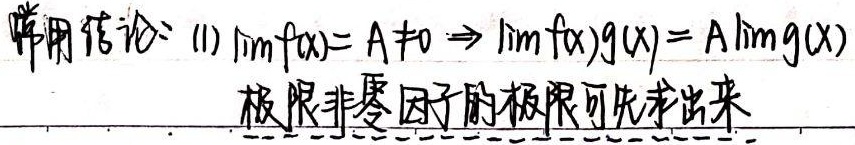
常用结论：(1) $\lim f(x)=A\neq0\Rightarrow\lim f(x)g(x)=A\lim g(x)$，极限非零因子的极限可先求出来。